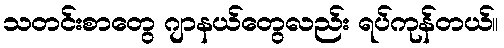
သတင်းစာတွေ ဂျာနယ်တွေလည်း ရပ်ကုန်တယ်။